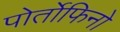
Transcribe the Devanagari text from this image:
पोर्तोफिनो